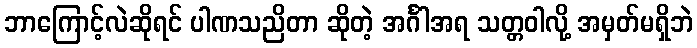
ဘာကြောင့်လဲဆိုရင် ပါဏသညိတာ ဆိုတဲ့ အင်္ဂါအရ သတ္တဝါလို့ အမှတ်မရှိဘဲ